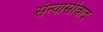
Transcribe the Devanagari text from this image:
संन्यासीवाद